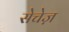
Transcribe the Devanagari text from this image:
सेचेज़